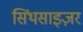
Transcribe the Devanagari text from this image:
सिंथसाइज़र